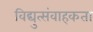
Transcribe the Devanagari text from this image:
विद्युत्संवाहकता